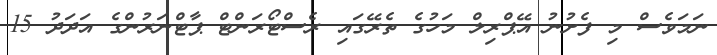
ނަމަވެސް މި ފެށުނު އޭޕްރިލް މަހުގެ ތެރޭގައި ރެސްޓޯރަންޓް ޕާޓްނަރުންގެ އަދަދު 15